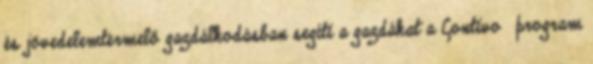
és jövedelemtermelő gazdálkodásban segíti a gazdákat a Contivo™ program